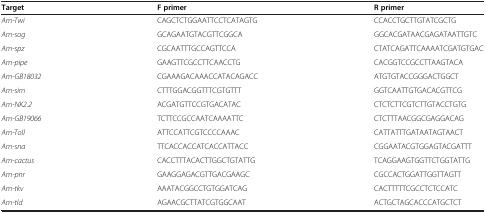
| Target | F primer | R primer |
 | --- | --- | --- |
 | Am-Twi | CAGCTCTGGAATTCCTCATAGTG | CCACCTGCTTGTATCGCTG |
 | Am-sog | GCAGAATGTACGTTCGGCA | GGCACGATAACGAGATAATTGTC |
 | Am-spz | CGCAATTTGCCAGTTCCA | CTATCAGATTCAAAATCGATGTGAC |
 | Am-pipe | GAAGTTCGCCTTCAACCTG | CACGGTCCGCCTTAAGTACA |
 | Am-GB18032 | CGAAAGACAAACCATACAGACC | ATGTGTACCGGGACTGGCT |
 | Am-sim | CTTTGGACGGTTTCGTGTTT | GGTCAATTGTGACACGTTCG |
 | Am-NK2.2 | ACGATGTTCCGTGACATAC | CTCTCTTCGTCTTGTACCTGTG |
 | Am-GB19066 | TCTTCCGCCAATCAAAATTC | CTCTTTAACGGCGAGGACAG |
 | Am-Toll | ATTCCATTCGTCCCCAAAC | CATTATTTGATAATAGTAACT |
 | Am-sna | TTCACCACCATCACCATTACC | CGGAATACGTGGAGTACGATTT |
 | Am-cactus | CACCTTTACACTTGGCTGTATTG | TCAGGAAGTGGTTCTGGTATTG |
 | Am-pnr | GAAGGAGACGTTGACGAAGC | CGCCACTGGATTGGTTAGTT |
 | Am-tkv | AAATACGGCCTGTGGATCAG | CACTTTTTCGCCTCTCCATC |
 | Am-tld | AGAACGCTTATCGTGGCAAT | ACTGCTAGCACCCATGCTCT |